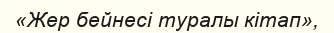
«Жер бейнесі туралы кітап»,